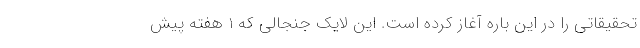
تحقیقاتی را در این باره آغاز کرده است. این لایک جنجالی که 1 هفته پیش